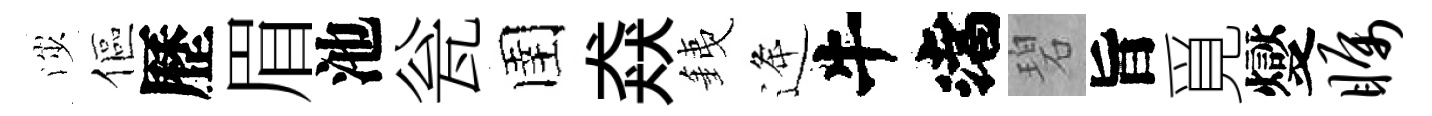
渉傴歷眉池瓮圉猋銕逄渚碧旨覓燮瞩